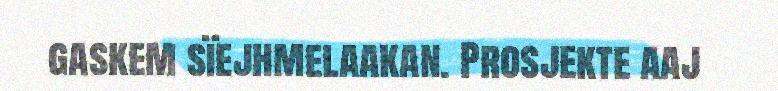
gaskem sïejhmelaakan. Prosjekte aaj